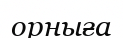
орныға